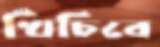
খিঁচিবে